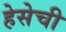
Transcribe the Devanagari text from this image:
हेसेची